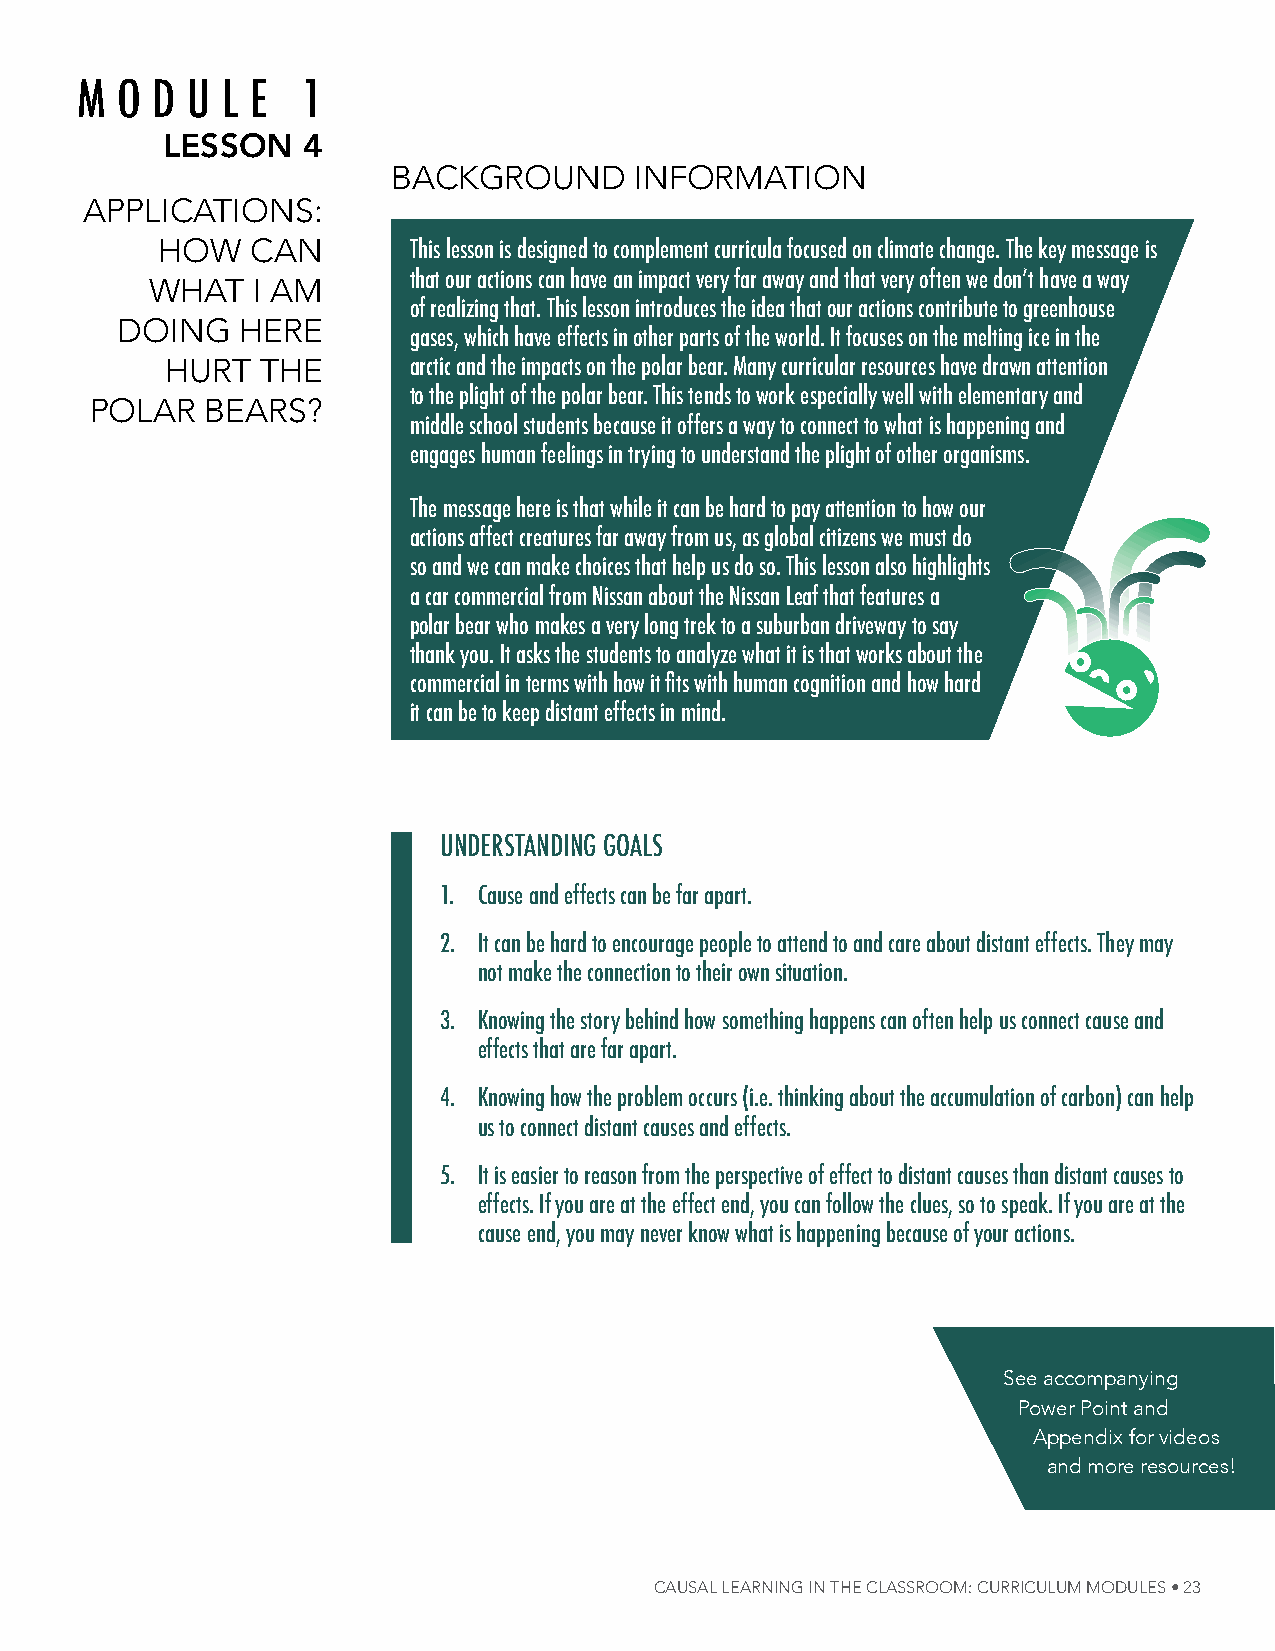
m  o d u  l e 1
 LessOn   4
 BaCKgrounD      inFormation
 aPPliCations:
 hoW    Can       This lesson is designed to complement curricula focused on climate change. The key message is
 that our actions can have an impact very far away and that very often we don’t have a way
 What   i am
 of realizing that. This lesson introduces the idea that our actions contribute to greenhouse
 Doing   here
 gases, which have effects in other parts of the world. it focuses on the melting ice in the
 hurt  the       arctic and the impacts on the polar bear. many curricular resources have drawn attention
 to the plight of the polar bear. This tends to work especially well with elementary and
 Polar   Bears?
 middle school students because it offers a way to connect to what is happening and
 engages human feelings in trying to understand the plight of other organisms.
 The message here is that while it can be hard to pay attention to how our
 actions affect creatures far away from us, as global citizens we must do
 so and we can make choices that help us do so. This lesson also highlights
 a car commercial from Nissan about the Nissan leaf that features a
 polar bear who makes a very long trek to a suburban driveway to say
 thank you. it asks the students to analyze what it is that works about the
 commercial in terms with how it fits with human cognition and how hard
 it can be to keep distant effects in mind.
 uNdersTANdiNg goAls
 1. Cause and effects can be far apart.
 2. it can be hard to encourage people to attend to and care about distant effects. They may
 not make the connection to their own situation.
 3. Knowing the story behind how something happens can often help us connect cause and
 effects that are far apart.
 4. Knowing how the problem occurs (i.e. thinking about the accumulation of carbon) can help
 us to connect distant causes and effects.
 5. it is easier to reason from the perspective of effect to distant causes than distant causes to
 effects. if you are at the effect end, you can follow the clues, so to speak. if you are at the
 cause end, you may never know what is happening because of your actions.
 see accompanying
 Power Point and
 appendix for videos
 and more resources!
 Causal learNiNg iN The Classroom: CurriCulum modules • 23